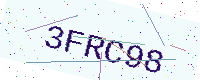
Text: 3FRC98